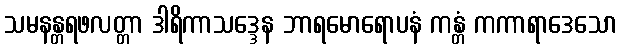
သမနန္တရဖလတ္တာ ဒါရိကာသဒ္ဒေန ဘာရမောရောပနံ ကန္တံ ကကာရာဒေသော